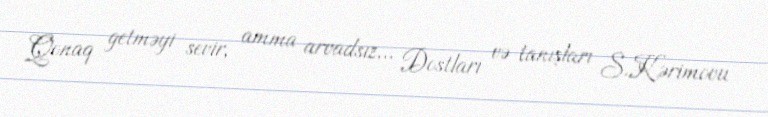
Qonaq getməyi sevir, amma arvadsız... Dostları və tanışları S.Kərimovu